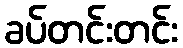
ခပ်တင်းတင်း